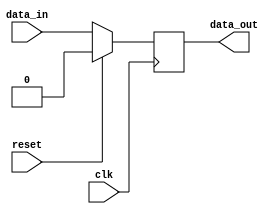
module sequential_logic(
    input wire clk,
    input wire reset,
    input wire data_in,
    output reg data_out
);

// Define a register to store the data
reg [7:0] reg_data;

// Use the "always @ (posedge clk)" block to trigger the functionality on positive clock edge
always @(posedge clk) begin
    if (reset) begin
        reg_data <= 8'b0; // Reset the register when reset signal is high
    end else begin
        reg_data <= data_in; // Store the input data into the register on positive clock edge
    end
end

// Assign the output data from the register
assign data_out = reg_data;

endmodule